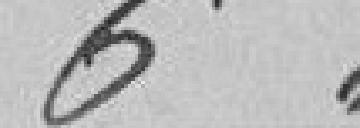
6